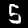
Digit: 5